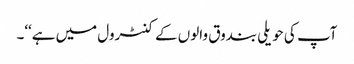
آپ کی حویلی بندوق والوں کے کنٹرول میں ہے‘‘۔